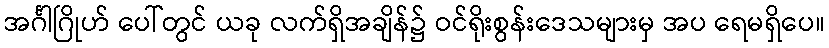
အင်္ဂါဂြိုဟ် ပေါ်တွင် ယခု လက်ရှိအချိန်၌ ဝင်ရိုးစွန်းဒေသများမှ အပ ရေမရှိပေ။